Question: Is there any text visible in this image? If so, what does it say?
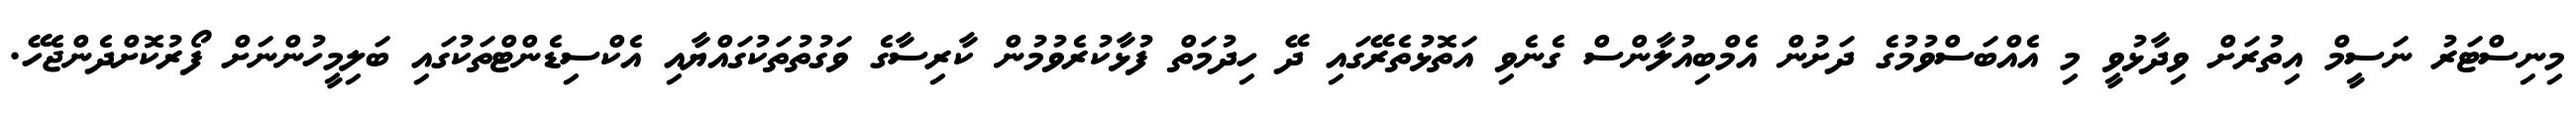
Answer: މިނިސްޓަރު ނަސީމް އިތުރަށް ވިދާޅުވީ މި އެއްބަސްވުމުގެ ދަށުން އެމްބިއުލާންސް ގެނެވި އަތޮޅުތެރޭގައި ދޭ ހިދުމަތް ފުޅާކުރެވުމުން ކާރިސާގެ ވަގުތުތަކުގައްޔާއި އެކްސިޑެންޓްތަކުގައި ބަލިމީހުންނަށް ފޯރުކޮށްދެންޖެހޭ.